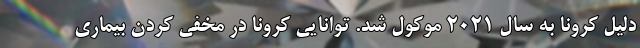
دلیل کرونا به سال 2021 موکول شد. توانایی کرونا در مخفی کردن بیماری